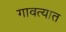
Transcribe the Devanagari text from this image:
गावत्यात